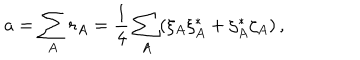
a = \sum _ { A } r _ { A } = { \frac { 1 } { 4 } } \sum _ { A } ( \xi _ { A } \xi _ { A } ^ { * } + \zeta _ { A } ^ { * } \zeta _ { A } ) \, ,